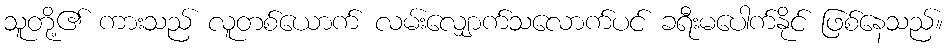
သူတို့၏ ကားသည် လူတစ်ယောက် လမ်းလျှောက်သလောက်ပင် ခရီးမပေါက်နိုင် ဖြစ်နေသည်။